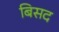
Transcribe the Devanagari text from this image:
बिसद